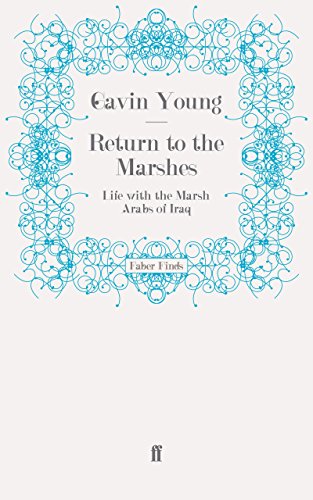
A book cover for Return to the Marshes: Life with the Marsh Arabs of Iraq; Gavin Young; Travel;